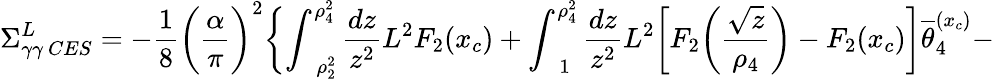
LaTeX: \Sigma_{\gamma\gamma\ CES}^{L}=-\frac{1}{8}\biggl(\frac{\alpha}{\pi}\biggr)^{2}\biggl\{ \int_{\ \ \ \rho_{2}^{2}}^{\rho_{4}^{2}}\frac{dz}{z^{2}}L^{2}F_{2}(x_{c})+\int_{\ \ \ 1}^{\rho_{4}^{2}}\frac{dz}{z^{2}}L^{2}\biggl[F_{2}\biggl(\frac{\sqrt{z}}{\rho_{4}}\biggr)-F_{2}(x_{c})\biggr]\overline{{\theta}}_{4}^{(x_{c})}-